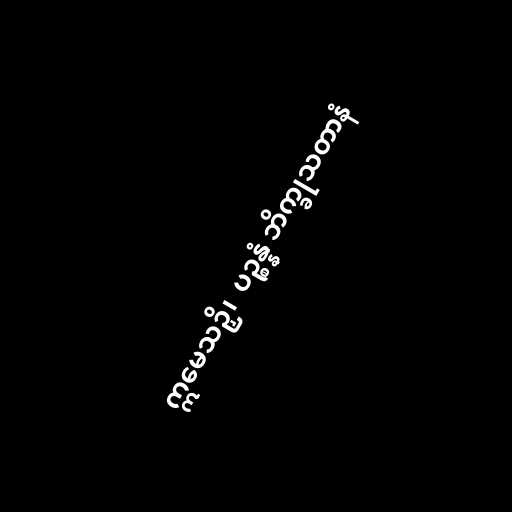
ဣမေသဉှိ၊  ပဉ္စန္နံ ဘိက္ခုသတာနံ